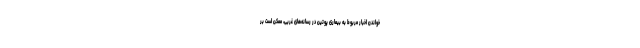
خواندن اخبار مربوط به بیماری پوتین در رسانه‌های غربی، ممکن است بر